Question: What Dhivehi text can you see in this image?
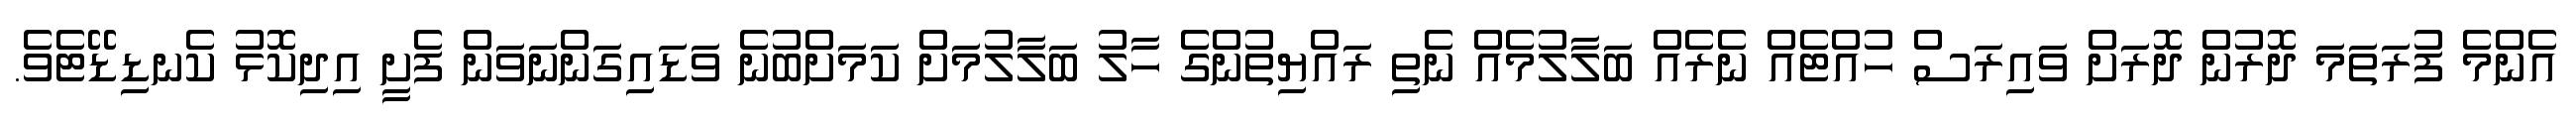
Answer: އެންމެ ފުރަތަމަ ދޮރުން ދޮރަށް ވައިރަސް ހުއްޓެއް ނެރެއް ބަލާލުމެއް ނެތި ރައްޔިތުންގެ ހާލު ބަލާލުމަށް ކަމަށްބުނެ ވަޑައިގަންނަވަން ފެށީ އިދިކޮޅު ކެނޑިޑޭޓެވެ.